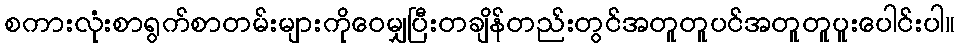
စကားလုံးစာရွက်စာတမ်းများကိုဝေမျှပြီးတချိန်တည်းတွင်အတူတူပင်အတူတူပူးပေါင်းပါ။